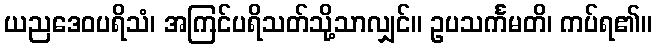
ယညဒေဝပရိသံ၊ အကြင်ပရိသတ်သို့သာလျှင်။ ဥပသင်္ကမတိ၊ ကပ်ရ၏။